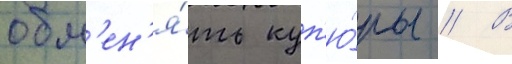
обм'ен'я́ть куп'ю́ры // В